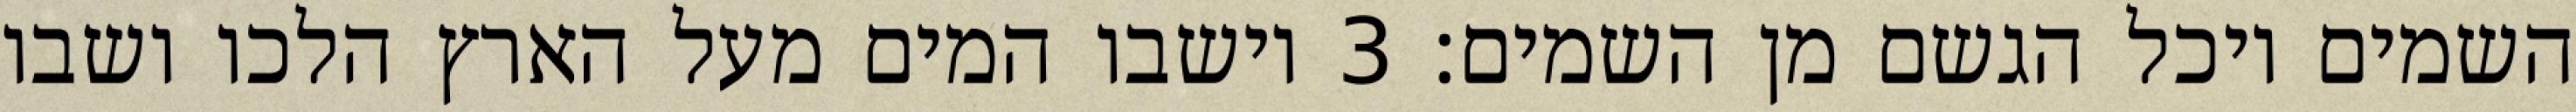
השמים ויכל הגשם מן השמים׃ ‎3‏ וישבו המים מעל הארץ הלכו ושבו